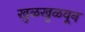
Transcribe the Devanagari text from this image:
खुळखुळवून